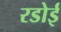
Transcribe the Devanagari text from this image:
रडोई